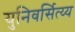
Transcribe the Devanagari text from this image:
युनिवर्सित्य्य